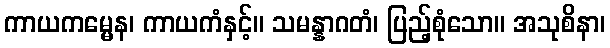
ကာယကမ္မေန၊ ကာယကံနှင့်။ သမန္နာဂတံ၊ ပြည့်စုံသော။ အသုစိနာ၊